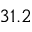
3 1 . 2